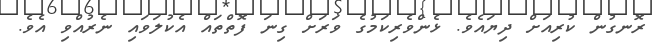
ރޮނގުން ކުރިއަށް ދިޔައެވެ. ޅެންވެރިކަމުގެ ވަރަށް ގިނަ ފޮތްތައް އެކުލަވައި ނެެރުއްވި އެވެ.